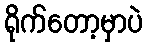
ရိုက်တော့မှာပဲ